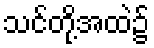
သင်တို့အထဲ၌